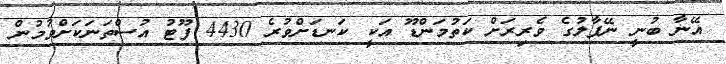
އޭނާ ބުނީ ނޭޕާލުގެ ވެރިރަށް ކަތުމަންޑޫ އަކީ ކަނޑަށްވުރެ 4430 ފޫޓު އުސްތަނަކަށްވުމުން